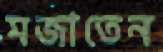
মজাতেন